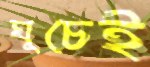
ঘুচেই